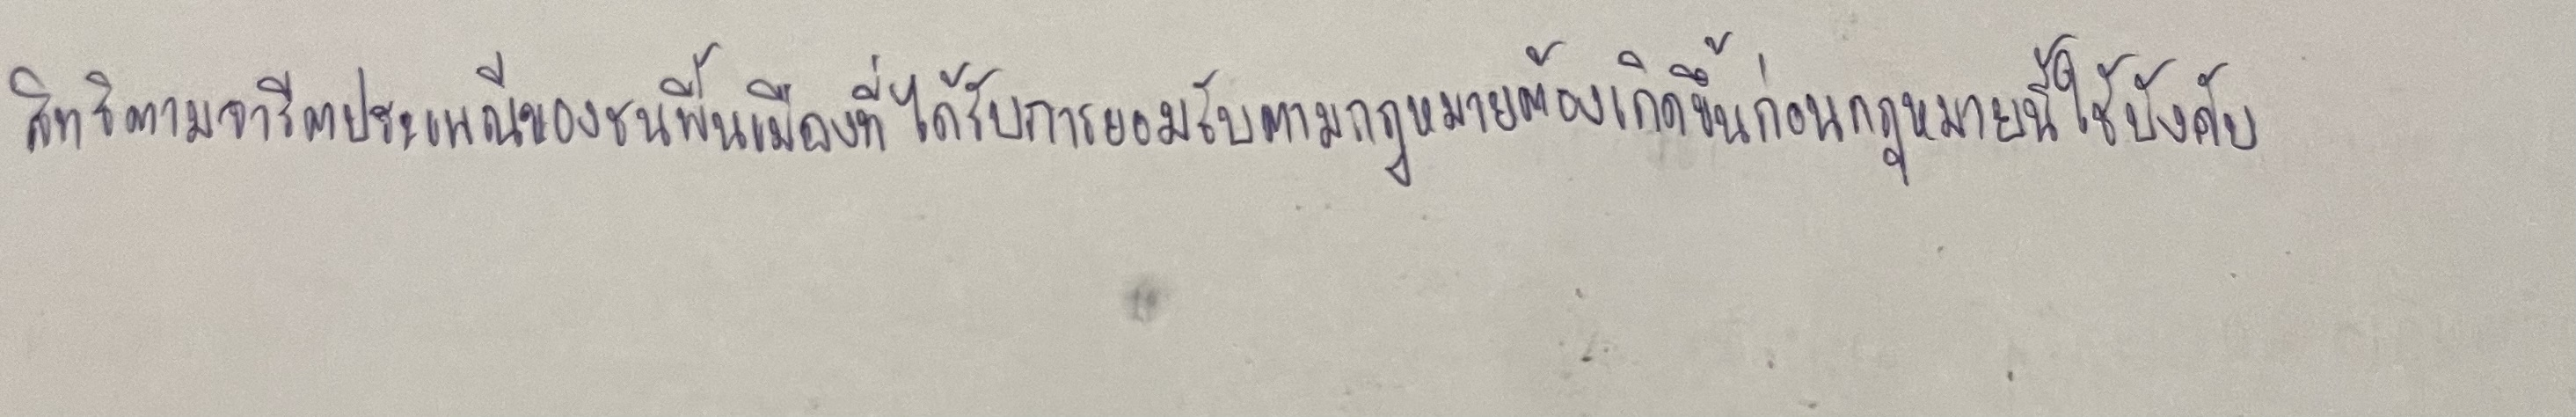
สิทธิตามจารีตประเพณีของชนพื้นเมืองที่ได้รับการยอมรับตามกฎหมายต้องเกิดขึ้นก่อนกฎหมายนี้ใช้บังคับ